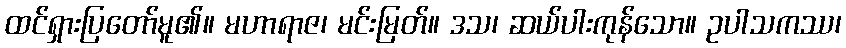
ထင်ရှားပြတော်မူ၏။ မဟာရာဇ၊ မင်းမြတ်။ ဒသ၊ ဆယ်ပါးကုန်သော။ ဥပါသကဿ၊